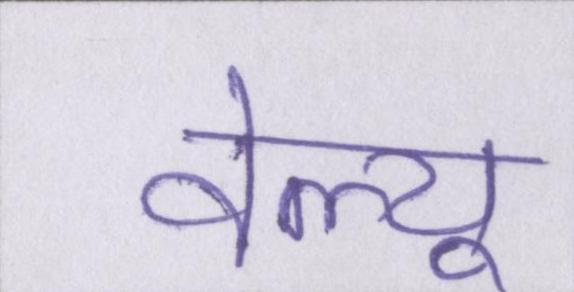
वेल्यू